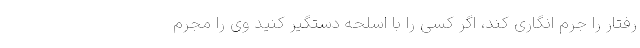
رفتار را جرم انگاری کند، اگر کسی را با اسلحه دستگیر کنید وی را مجرم